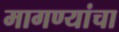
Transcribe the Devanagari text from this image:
मागण्यांचा